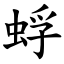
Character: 蜉